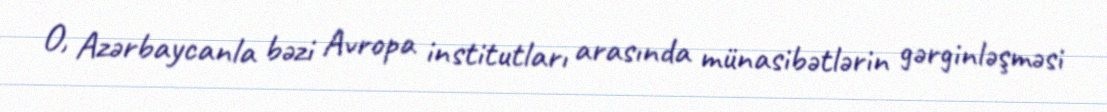
O, Azərbaycanla bəzi Avropa institutları arasında münasibətlərin gərginləşməsi